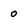
Character: 0